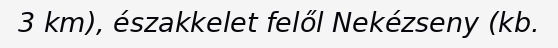
3 km), északkelet felől Nekézseny (kb.